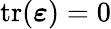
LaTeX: \mathrm{tr}({\boldsymbol{\varepsilon}})=0